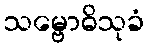
သမ္ဗောဓိသုခံ